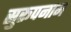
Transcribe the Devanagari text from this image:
सुरूपनाम